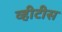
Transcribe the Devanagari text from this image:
व्हीटीस